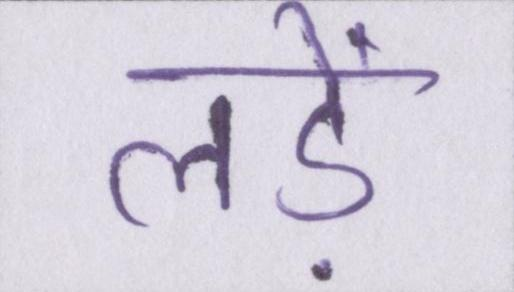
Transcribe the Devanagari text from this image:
लड़ें